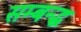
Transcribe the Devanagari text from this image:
सम्बन्द्ध